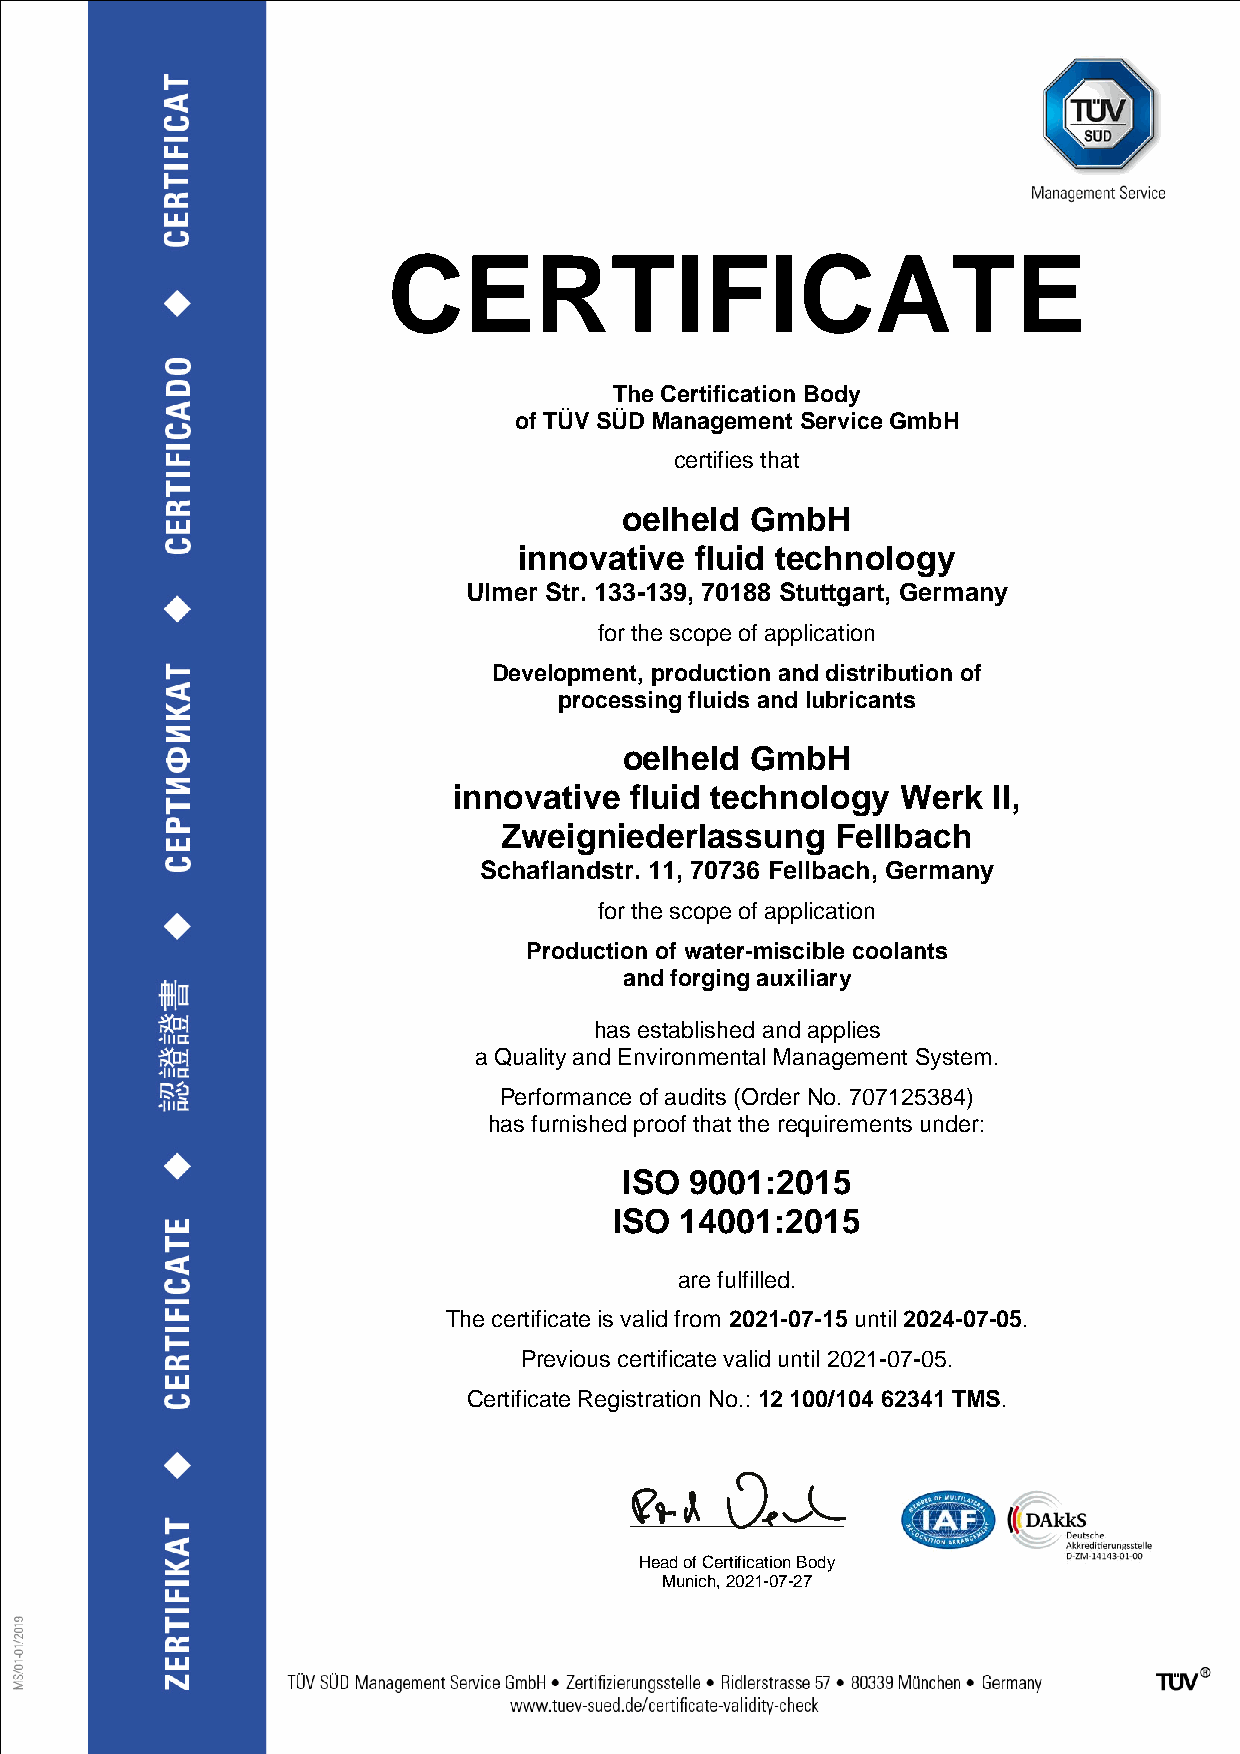
CERTIFICATE
 The Certification Body
 of TÜV SÜD Management Service GmbH
 certifies that
 oelheld  GmbH
 innovative  fluid technology
 Ulmer Str. 133-139, 70188 Stuttgart, Germany
 for the scope of application
 Development, production and distribution of
 processing fluids and lubricants
 oelheld  GmbH
 innovative  fluid technology  Werk  II,
 Zweigniederlassung    Fellbach
 Schaflandstr. 11, 70736 Fellbach, Germany
 for the scope of application
 Production of water-miscible coolants
 and forging auxiliary
 has established and applies
 a Quality and Environmental Management System.
 Performance of audits (Order No. 707125384)
 has furnished proof that the requirements under:
 ISO  9001:2015
 ISO 14001:2015
 are fulfilled.
 The certificate is valid from 2021-07-15 until 2024-07-05.
 Previous certificate valid until 2021-07-05.
 Certificate Registration No.: 12 100/104 62341 TMS.
 Head of Certification Body
 Munich, 2021-07-27